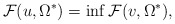
\begin{align*}\mathcal F(u,\Omega^*)= \inf\mathcal F(v,\Omega^*),\end{align*}